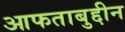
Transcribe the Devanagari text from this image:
आफताबुद्दीन